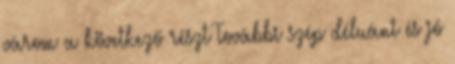
várom a következő részt További szép déluánt és jó